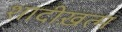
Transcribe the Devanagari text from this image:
शादीख़त्म